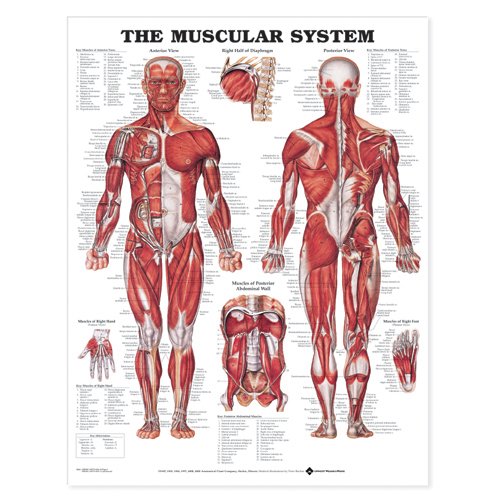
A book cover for The Muscular System Anatomical Chart; Anatomical Chart Company; Medical Books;